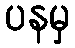
ပနမှ